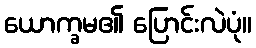
ယောက္ခမ၏ ပြောင်းလဲပုံ။